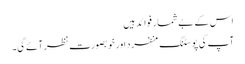
اس کے بے شمار فوائد ہیں
آپ کی پوسٹنگ منفرد اور خوبصورت نظر آئے گی۔